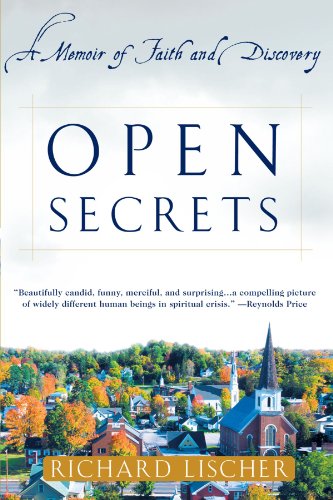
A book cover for Open Secrets: A Memoir of Faith and Discovery; Richard Lischer; Christian Books & Bibles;